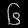
Digit: ၆